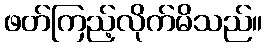
ဖတ်ကြည့်လိုက်မိသည်။